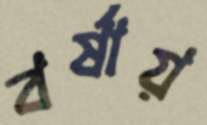
বর্ষায়